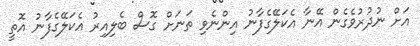
އަށް ނުދުރުވެގެން އޭނާ އެކަލޭގެފާނު އިންނެވި ތަނަށް ގޮސް ބެލިއިރު އެކަލޭގެފާނު އޮތީ